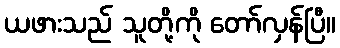
ယဖားသည် သူတို့ကို တော်လှန်ပြီ။